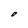
Character: O